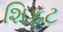
શિફટ